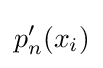
p'_{n}(x_{i})